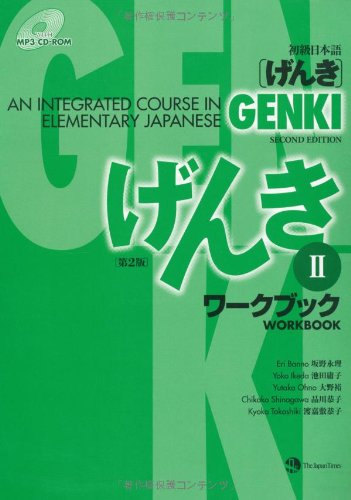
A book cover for Genki: An Integrated Course in Elementary Japanese, Workbook 2, 2nd Edition (Book & CD-ROM) (English and Japanese Edition); Eri Banno; Reference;